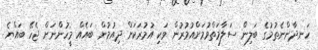
ހަނދާންނެތުމުގެ ބަލިން ސަލާމަތްވުމަށްއުމުރުން ވަކި އުމުރަކަށް ދިއުމުން ބައެއް މީހުންނަށް ޖެހޭ ބައްޔެ